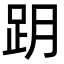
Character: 跀